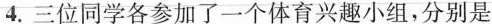
4.三位同学各参加了一个体育兴趣小组，分别是